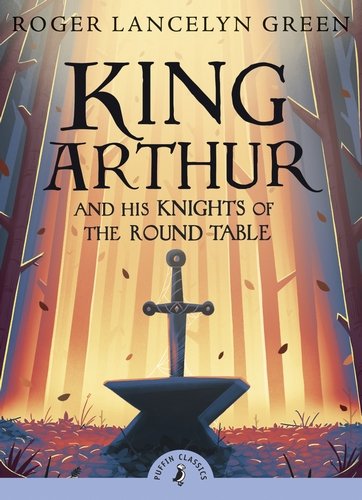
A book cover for King Arthur and His Knights of the Round Table (Puffin Classics); Roger Lancelyn Green; Children's Books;